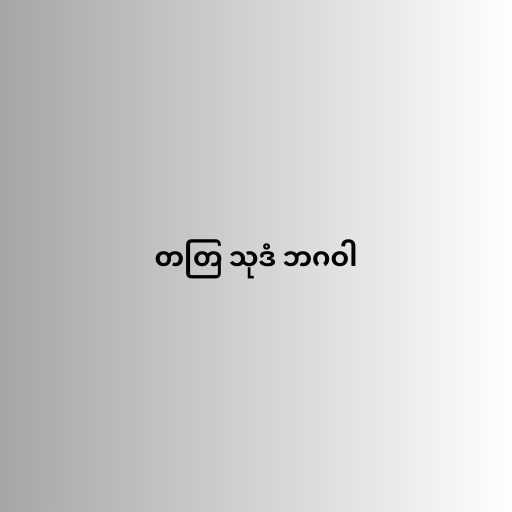
တတြ သုဒံ ဘဂဝါ